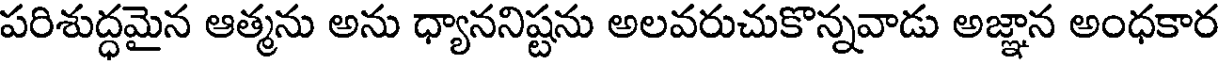
పరిశుద్ధమైన ఆత్మను అను ధ్యాననిష్టను అలవరుచుకొన్నవాడు అజ్ఞాన అంధకార